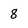
Character: 8